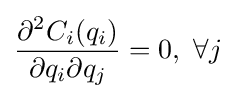
{\frac {\partial ^{2}C_{i}(q_{i})}{\partial q_{i}\partial q_{j}}}=0,\ \forall j